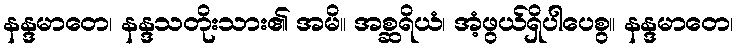
နန္ဒမာတေ၊ နန္ဒသတိုးသား၏ အမိ။ အစ္ဆရိယံ၊ အံ့ဖွယ်ရှိပါပေစွ။ နန္ဒမာတေ၊